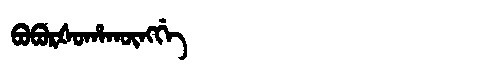
Manchu: ᠪᠣᠪᠣᡵᡧᠣᡥᠠᡴᡡᠩᡤᡝ
Romanization: BOBORŠOHAKŪNGGE